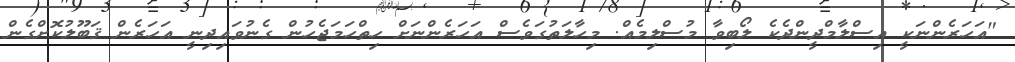
"އަހަރެންނަކީ އިސްލާމްދީންދެކެ ލޯބިވާ މުސްލިމެއް. މިހާލަތުގަވެސް އަހަރެންނަށް ހިތްހަމަޖެހުން ގެނުވައިދިނީ އަހަރެން ޤަބޫލުކޮށްގެން